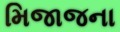
મિજાજના